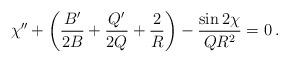
LaTeX: \begin{align*}\chi''+\left( {B'\over 2B}+{Q'\over 2Q}+{2\over R}\right)-{\sin 2\chi \over QR^2} =0\,.\end{align*}